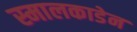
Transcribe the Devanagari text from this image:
स्मालकाडेन